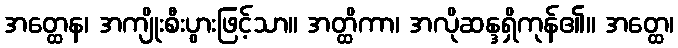
အတ္ထေန၊ အကျိုးစီးပွားဖြင့်သာ။ အတ္ထိကာ၊ အလိုဆန္ဒရှိကုန်၏။ အတ္ထေ၊